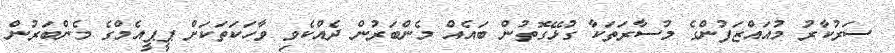
ސަރުކާރު މުއައްޒަފުންގެ މުސާރަތަކާ ގުޅޭގޮތުން ބައެއް މެންބަރުން ދެއްކެވި ވާހަކަތަކަށް ޕީޕީއެމްގެ މެންބަރުން